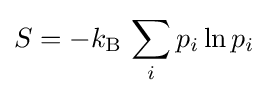
S=-k_{\text{B}}\,\sum _{i}p_{i}\ln p_{i}